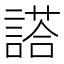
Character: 𬢿